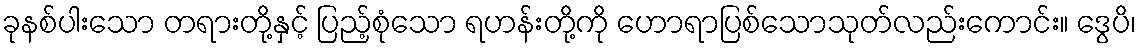
ခုနစ်ပါးသော တရားတို့နှင့် ပြည့်စုံသော ရဟန်းတို့ကို ဟောရာပြစ်သောသုတ်လည်းကောင်း။ ဒွေပိ၊